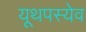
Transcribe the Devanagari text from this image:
यूथपस्येव